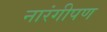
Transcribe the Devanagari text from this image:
नारंगीपण